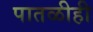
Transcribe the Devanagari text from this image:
पातळीही